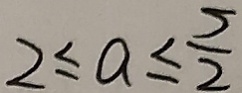
2 \leq a \leq \frac { 5 } { 2 }